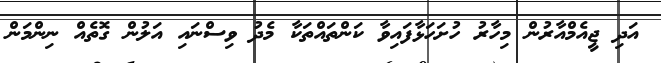
އަދި ޖީއެމްއާރުން މިހާރު ހުށަހަޅާފައިވާ ކަންތައްތަކާ މެދު ވިސްނައި އަލުން ގޮތެއް ނިންމަން